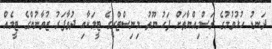
ދަނޑު ހުޅުވުމުގެ ރަސްމިއްޔާތަށް ފަހު ޔޫތު މިނިސްޓްރީގެ ޓީމަކާއި ދުވާފަރު ޒުވާނުންގެ ޓީމެއް